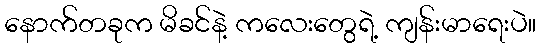
နောက်တခုက မိခင်နဲ့ ကလေးတွေရဲ့ ကျန်းမာရေးပဲ။